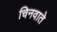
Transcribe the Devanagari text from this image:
चिनवाते